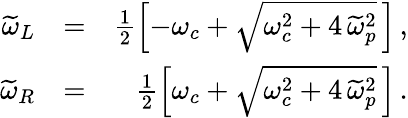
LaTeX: \begin{array}{rlr}{\widetilde{\omega}_{L}}&{=}&{\frac{1}{2}\left[-\omega_{c}+\sqrt{\omega_{c}^{2}+4\, \widetilde{\omega}_{p}^{2}}\, \right]\, ,}\\ {\widetilde{\omega}_{R}}&{=}&{\frac{1}{2}\left[\omega_{c}+\sqrt{\omega_{c}^{2}+4\, \widetilde{\omega}_{p}^{2}}\, \right]\, .}\end{array}